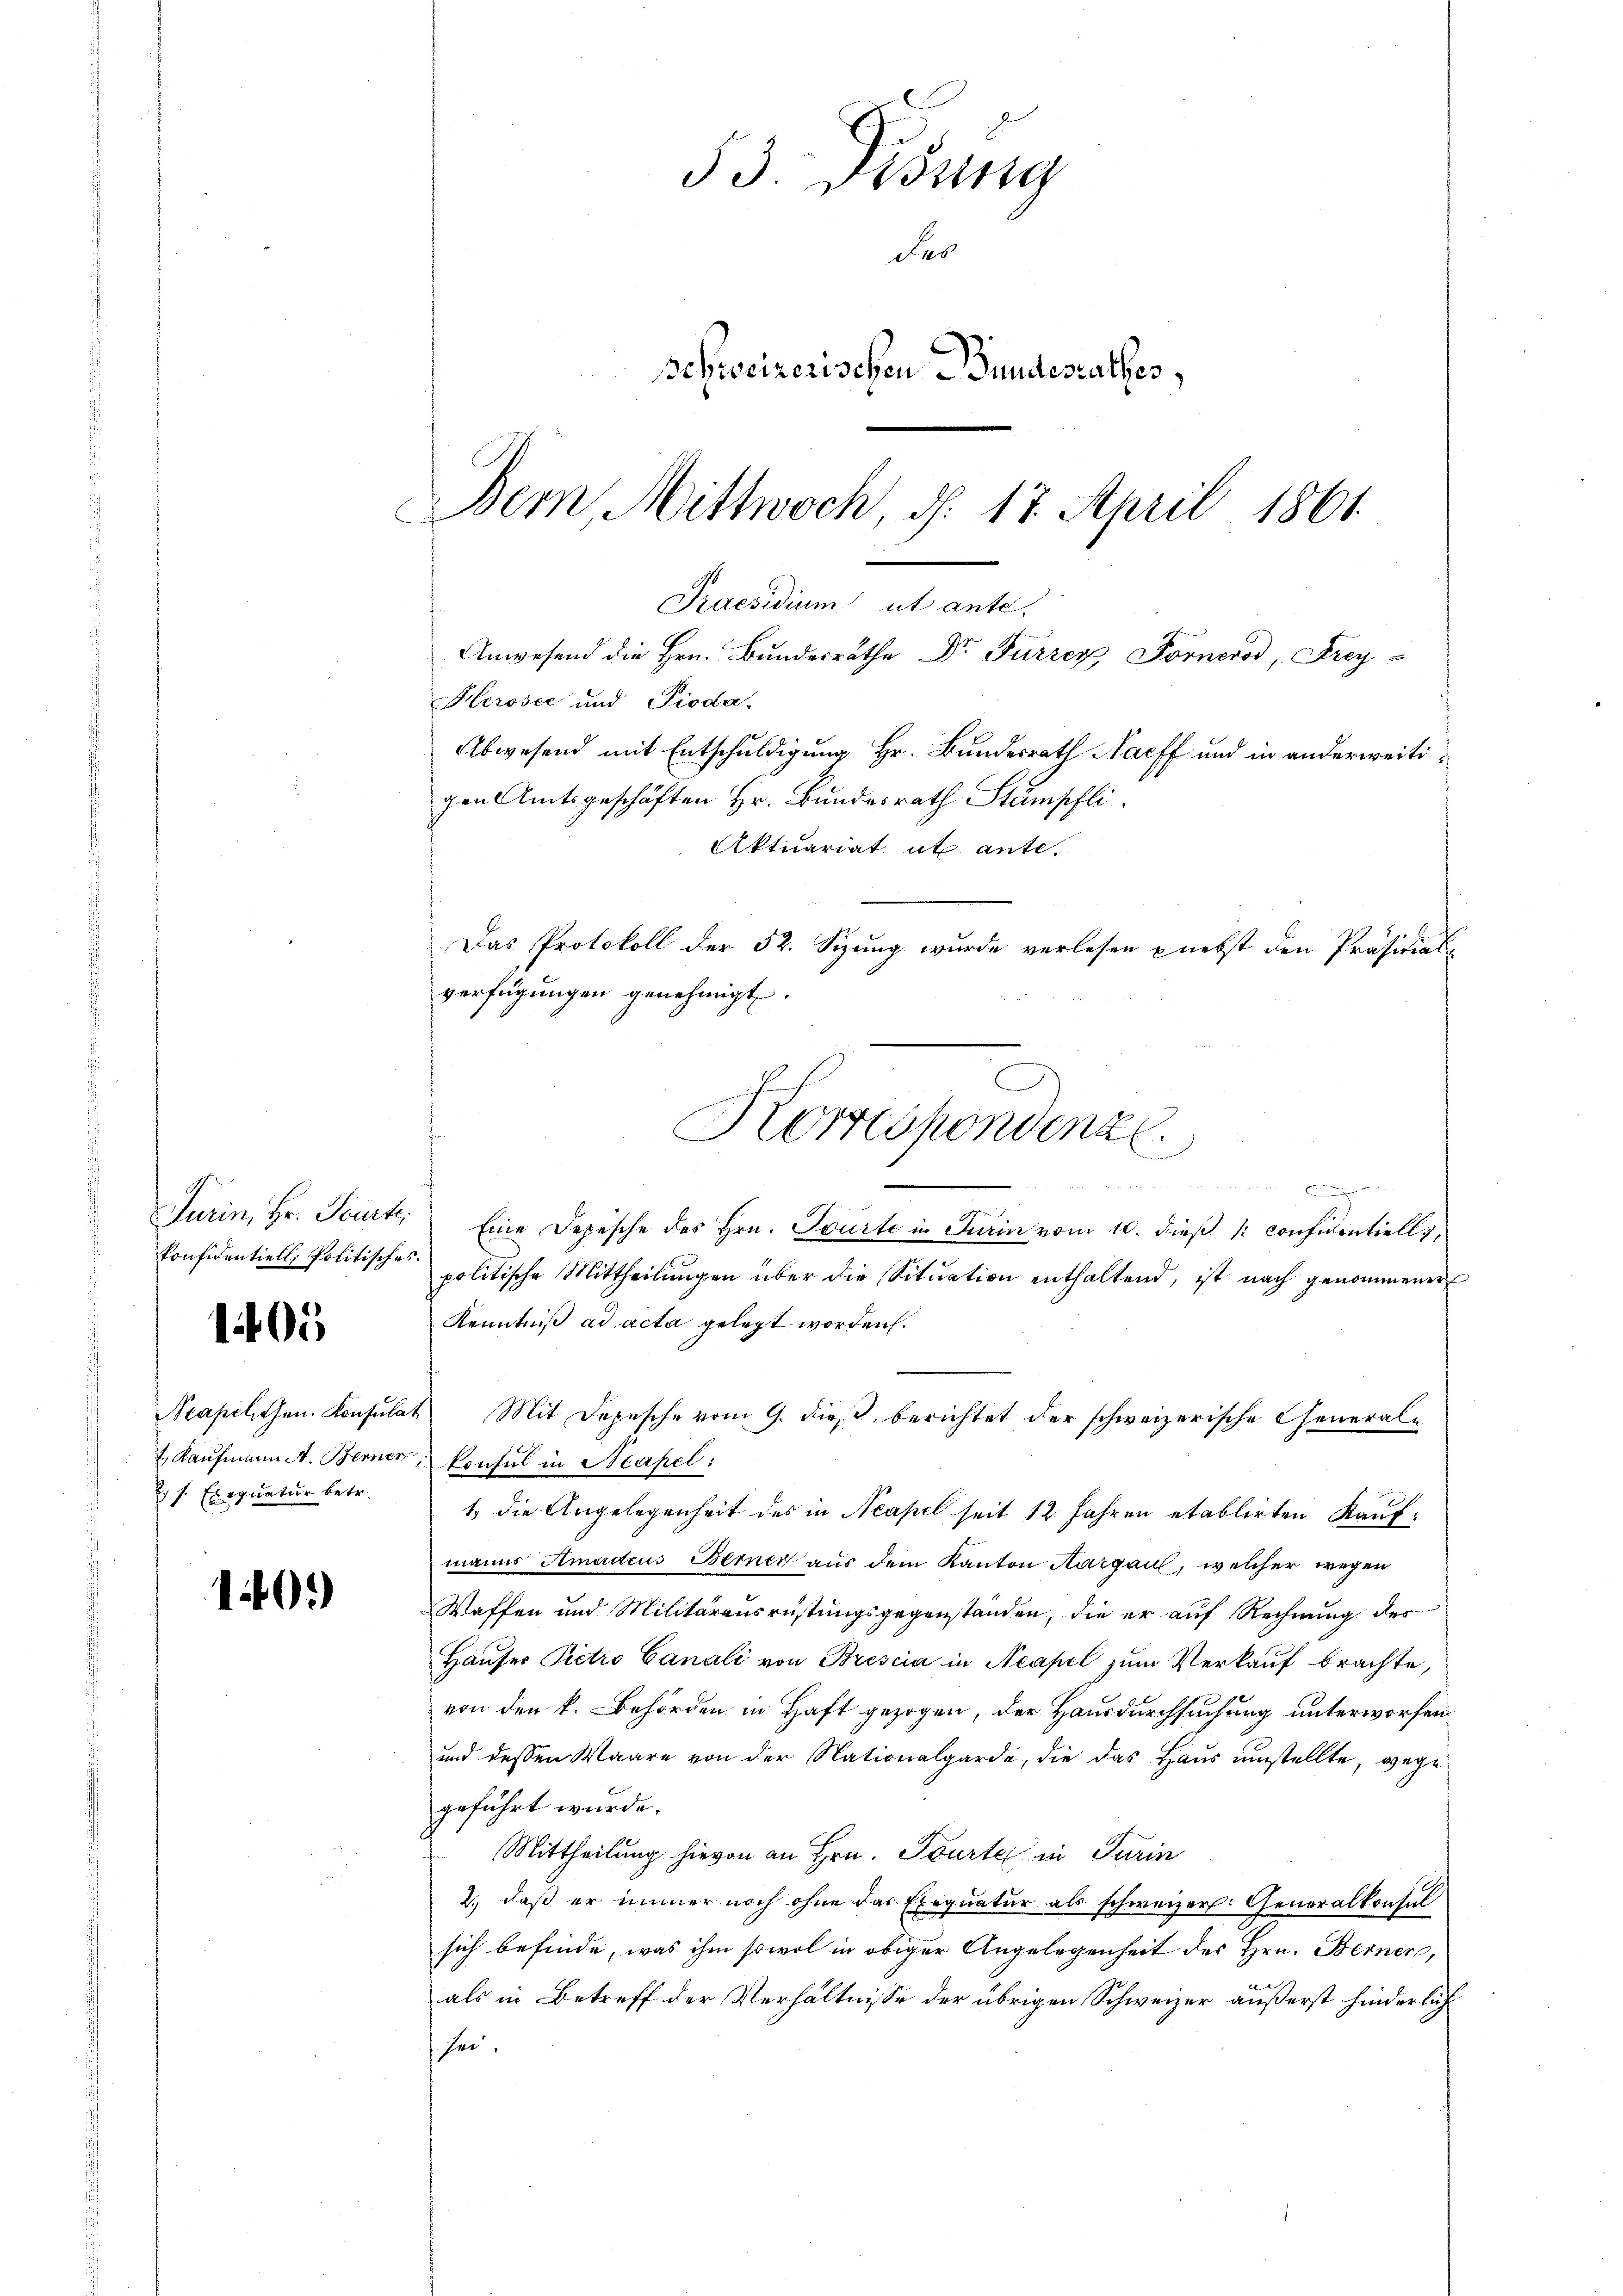
konfidentiell, Politisches.

105

) s. Exequatur betr.

140.

33. Didung
des
Schweizerischen Bundesrathes,
Bern, Mittwoch, d. 17. April 1861.

b
Praesidium ut ante.
Anwesend die Hrn. Bundesrathe Dr. Fürzer Forneros, Frey-

Kerosee und Pioda,
Abwesend mit Entschuldigung Hr. Bundesrath Nacff und in anderweitigen Amtsgeschäften Hr. Bundesrath Stämpfli
Aktuariat ut ante.
Das Protokoll der 52. Syung wurde verlesen nebst den Präsidial-
verfügungen genehmigt.
w
Furin, Hr. Tourt. Eine Depesche des Hrn. Spürte in Turin vom 10. dieß 1: considentiell,
politische Mittheilungen über die Situation enthaltend, ist nach genommener
Kenntniß ad acta gelegt worden.
Neapelchen. Konsulat Mit Depesche vom 9. dieß berichtet der schweizerische General-
1., Kaufmannst. Berner, konsul in Neapel:
1. die Angelegenheit des in Neapel seit 12 Jahren etablirten Kaufmanns Amadeus Berner aus dem Kanton Aargau, welcher wegen
Waffen und Militärausrüstungsgegenstanden, die er auf Rechnung des
Hauser Pietro Canali von Brescia in Neapel zum Verkauf brachte,
von den k. Behörden in Haft gezogen, der Hausdurchsuchung unterworfen
und dessen Waare von der Nationalgarde, die das Haus umstellte, wege
geführt wurde.
Mittheilung hievon an Hrn. Tourtel in Turin
2.) daß er immer noch ohne das Exequatur als schweizer. Generalkonsul
sich befinde, was ihm sowol in obiger Angelegenheit des Hrn. Berner,
als in Betreff der Verhältnisse der übrigen Schweizer äußerst hinderlich
sei.

Korrespondenze